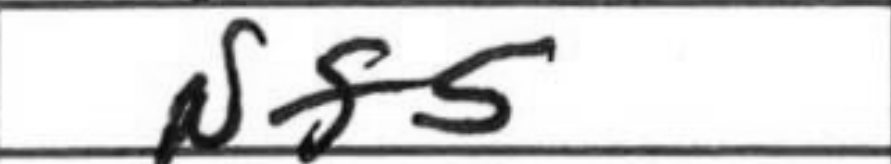
Transcription: Nf5